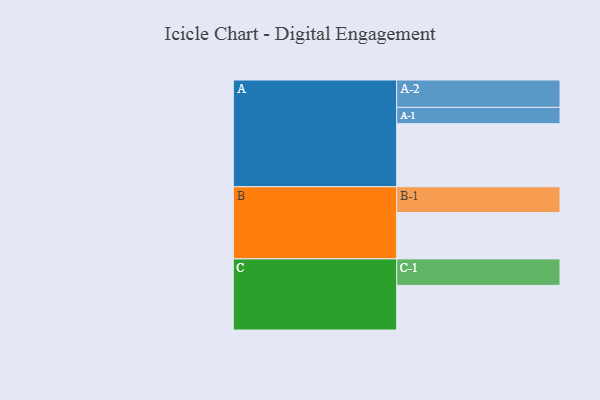
{"axis": {"x": "Segment", "y": "Value"}, "legend": ["", "A", "B", "C"], "data": [{"x": "A", "y": 541, "type": ""}, {"x": "B", "y": 398, "type": ""}, {"x": "C", "y": 383, "type": ""}, {"x": "A-1", "y": 140, "type": "A"}, {"x": "A-2", "y": 235, "type": "A"}, {"x": "B-1", "y": 221, "type": "B"}, {"x": "C-1", "y": 227, "type": "C"}]}